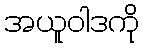
အယူဝါဒကို